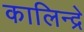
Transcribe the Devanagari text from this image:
कालिन्द्रे